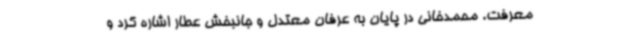
معرفت. محمدخانی در پایان به عرفان معتدل و جانبخش عطار اشاره کرد و